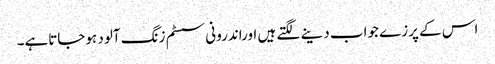
اس کے پرزے جواب دینے لگتے ہیں اوراندرونی سسٹم زنگ آلود ہوجاتاہے۔